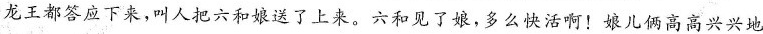
龙王都答应下来，叫人把六和娘送了上来。六和见了娘，多么快活啊！娘儿俩高高兴兴地